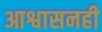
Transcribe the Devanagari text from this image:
आश्वासनही